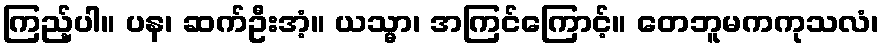
ကြည့်ပါ။ ပန၊ ဆက်ဦးအံ့။ ယသ္မာ၊ အကြင်ကြောင့်။ တေဘူမကကုသလံ၊